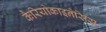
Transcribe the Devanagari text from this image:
कैरियोकाइनेसिस